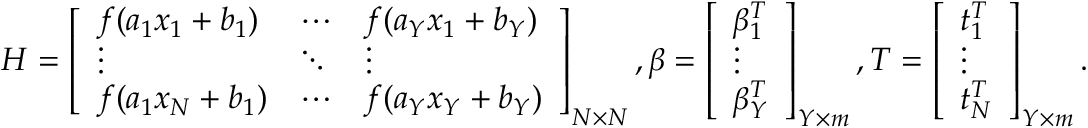
H = \left[ \begin{array} { l l l } { f ( a _ { 1 } x _ { 1 } + b _ { 1 } ) } & { \cdots } & { f ( a _ { Y } x _ { 1 } + b _ { Y } ) } \\ { \vdots } & { \ddots } & { \vdots } \\ { f ( a _ { 1 } x _ { N } + b _ { 1 } ) } & { \cdots } & { f ( a _ { Y } x _ { Y } + b _ { Y } ) } \end{array} \right] _ { N \times N } , \beta = \left[ \begin{array} { l } { \beta _ { 1 } ^ { T } } \\ { \vdots } \\ { \beta _ { Y } ^ { T } } \end{array} \right] _ { Y \times m } , T = \left[ \begin{array} { l } { t _ { 1 } ^ { T } } \\ { \vdots } \\ { t _ { N } ^ { T } } \end{array} \right] _ { Y \times m } .